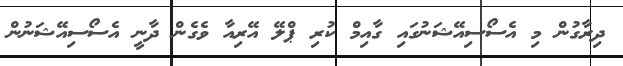
ދިރާގުން މި އެސޯސިއޭޝަނުގައި ގާއިމް ކުރި ޕްލޭ އޭރިއާ ވެގެން ދާނީ އެސޯސިއޭޝަނުން